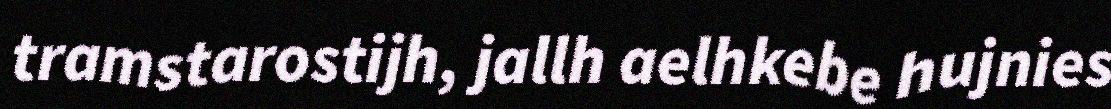
tramstarostijh, jallh aelhkebe hujnies